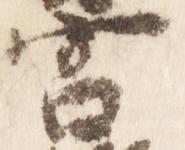
宮